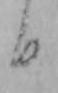
日